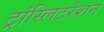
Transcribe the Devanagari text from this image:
ट्रांस्लिटरेशन